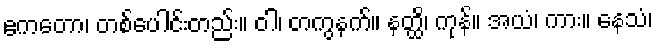
ဧကတော၊ တစ်ပေါင်းတည်း။ ဝါ၊ တကွနက်။ နတ္ထိ၊ ကုန်။ အယံ၊ ကား။ နေသံ၊